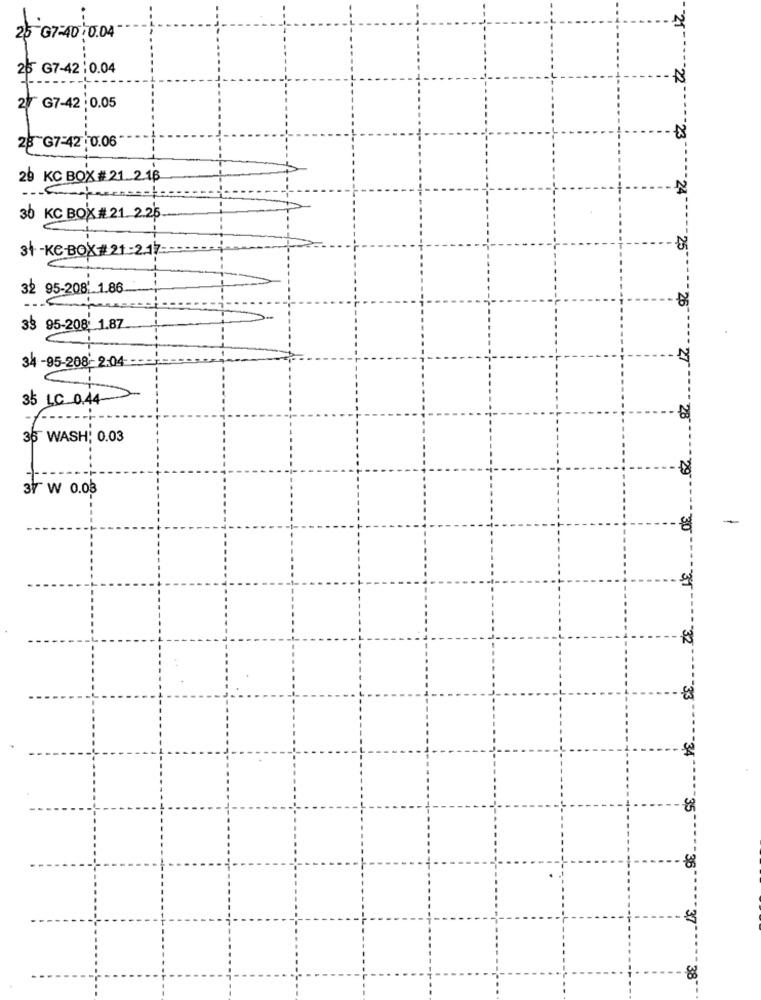
25 07-40 0.04
25 G7-42:0.04
27 G7-42 :0.05
28 G7-42.0.06
23
29 KC BOX# 21.2.1₿
24
30 KC BOX# 21. 2.25
3t -Ke-BOX#21:2.17=
25
32 95-208' 1.86
26
33 95-208: 1.87
34 -95-208- 2:04
27
35 LC 0.44-
28
36 WASH; 0.03
29
37 W 0.03
30
32
33
-34
36
37
38"